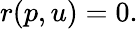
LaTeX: \begin{array}{r}{r(p,u)=0.}\end{array}